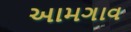
આમગાવ